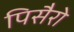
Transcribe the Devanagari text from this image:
पिसैरो